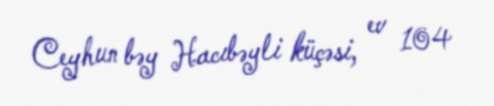
Ceyhun bəy Hacıbəyli küçəsi, ev 104